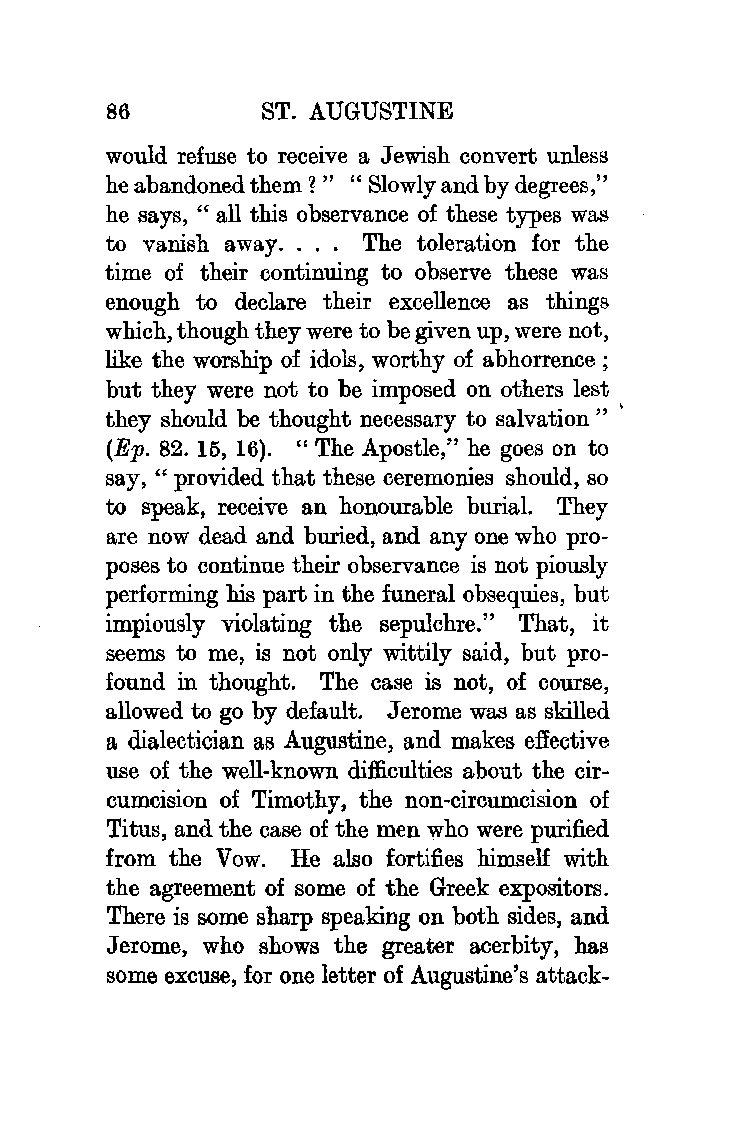
86         ST. AUGUSTINE
 would refuse to receive a Jewish convert unless
 he abandoned them ? " " Slowly and by degrees,"
 he says, "all this observance of these types was
 to vanish away. . . . The toleration for the
 time of their continuing to observe these was
 enough to declare their excellence as things
 which, though they were to be given up, were not,
 like the worship of idols, worthy of abhorrence;
 but they were not to be imposed on others lest
 they should be thought necessary to salvation " '
 (Ep. 82. 15, 16). " The Apostle," he goes on to
 say, " provided that these ceremonies should, so
 to speak, receive an honourable burial. They
 are now dead and buried, and any one who pro
 poses to continue their observance is not piously
 performing his part in the funeral obsequies, but
 impiously violating the sepulchre." That, it
 seems to me, is not only wittily said, but pro
 found in thought. The case is not, of course,
 allowed to go by default. Jerome was as skilled
 a dialectician as Augustine, and makes effective
 use of the well-known difficulties about the cir
 cumcision of Timothy, the non-circumcision of
 Titus, and the case of the men who were purified
 from the Vow. He also fortifies himself with
 the agreement of some of the Greek expositors.
 There is some sharp speaking on both sides, and
 Jerome, who shows the greater acerbity, has
 some excuse, for one letter of Augustine's attack-